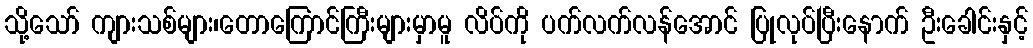
သို့သော် ကျားသစ်များ၊တောကြောင်ကြီးများမှာမူ လိပ်ကို ပက်လက်လန်အောင် ပြုလုပ်ပြီးနောက် ဦးခေါင်းနှင့်